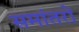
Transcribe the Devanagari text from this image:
समांतरों